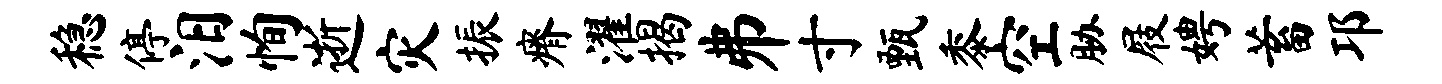
稳停汨恂逝灾振瘠濯揭井寸甄黍空胁屐娉蓄邛